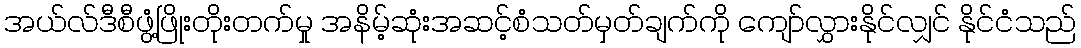
အယ်လ်ဒီစီဖွံ့ဖြိုးတိုးတက်မှု အနိမ့်ဆုံးအဆင့်စံသတ်မှတ်ချက်ကို ကျော်လွှားနိုင်လျှင် နိုင်ငံသည်